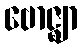
ဗောဇ္ဈာ